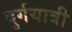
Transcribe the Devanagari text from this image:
दुर्गयात्री